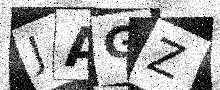
Text: JAGZ